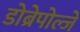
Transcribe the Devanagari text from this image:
डोब्रेपोल्जे